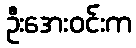
ဦးအေးဝင်းက